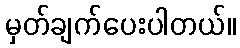
မှတ်ချက်ပေးပါတယ်။